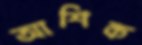
আশিক